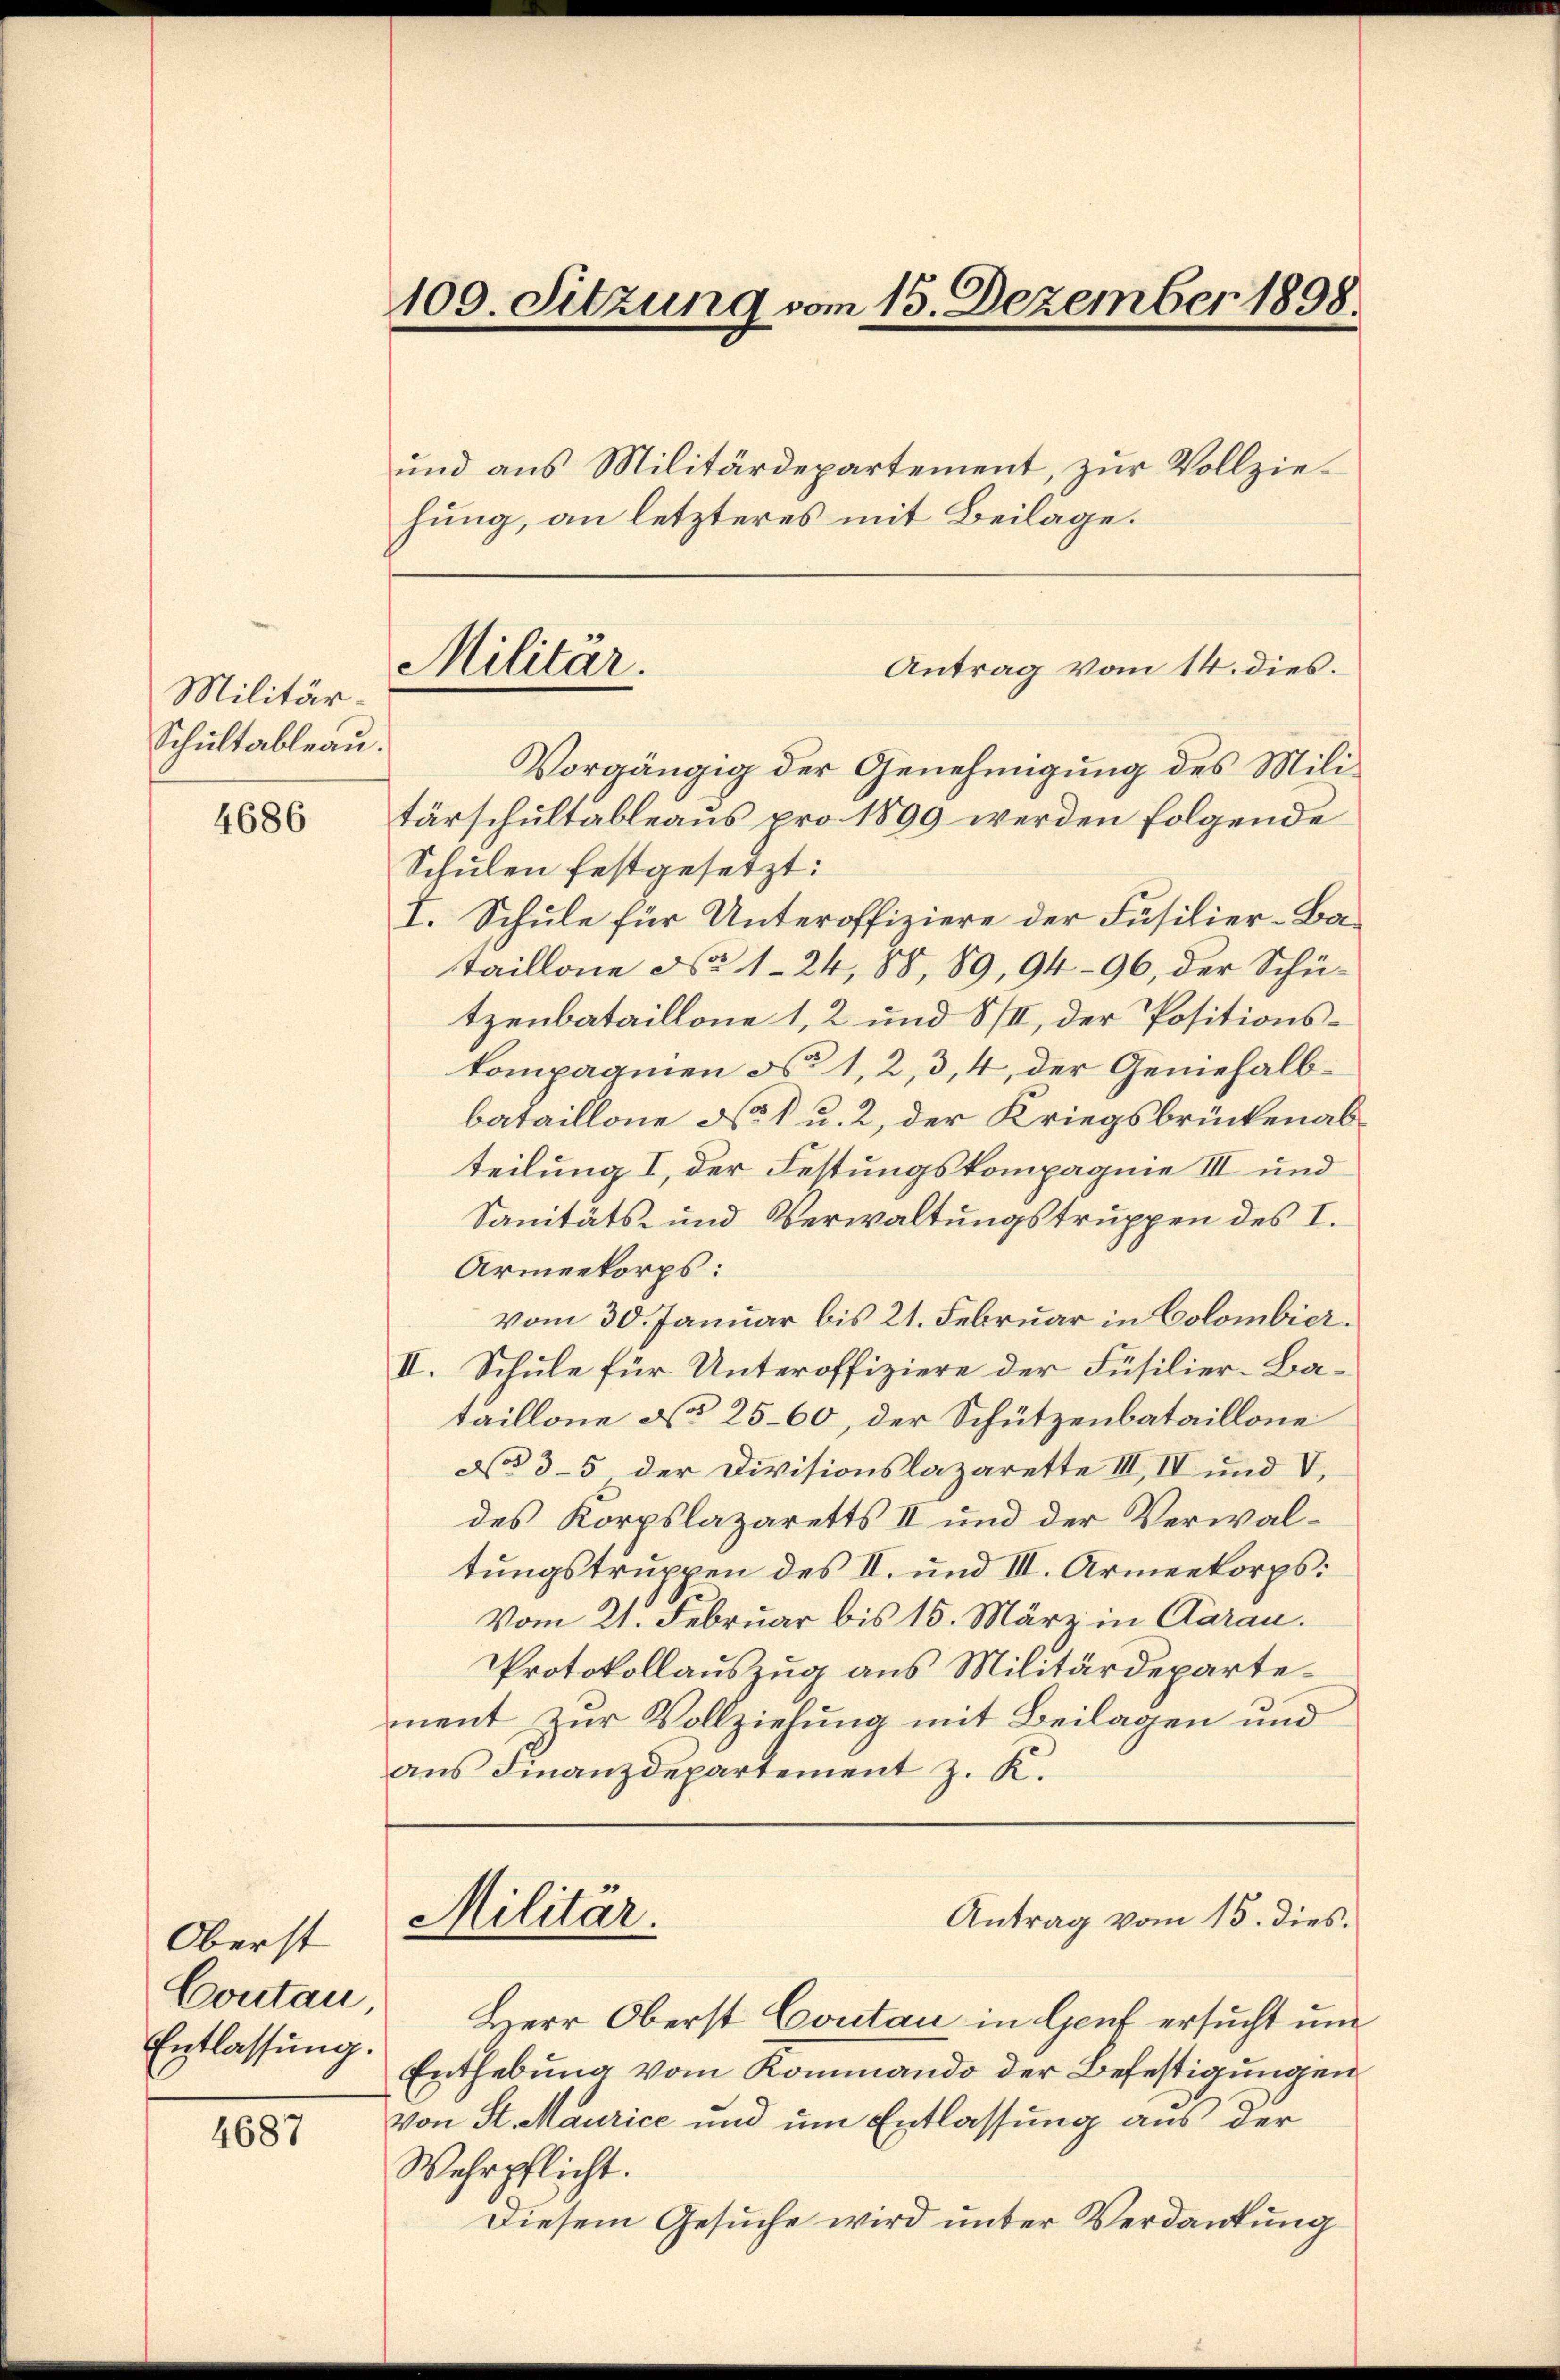
Militär¬
Schultableau.

4686

Oberst
Contan
Entlassung.

4687

109. Sitzung vom 15. Dezember 1898.

Militar.

ŭnd aus Militärdepartement, zŭr Vollziehung, an letzteres mit Beilage.
Antrag vom 14. dies.
Vorgängig der Genehmigung des Militärschultableaus pro 1899 werden folgende
Schulen festgesetzt:
I. Schule für Unteroffiziere der Füsilier-Bataillone No 124, 88, 89, 94—96, der Schützenbataillone 1, 2 und 8/II, der Positionskompagnien No 1, 2, 3, 4, der Geniehalbbataillone No 1 u. 2, der Kriegsbrückenabteilung I, der Festungskompagnie III und
Sanitäts- und Verwaltungstruppen des I.
Armeekorps:
vom 30. Januar bis 21. Februar in Colombier.
II. Schule für Unteroffiziere der Füsilier-Bataillone No 25-60, der Schützenbataillone
No 3-5 der Divisionslazarette III, IV und V
des Korpslazaretts II und der Verwaltungstruppen des II. und II. Armeekorps:
Vom 21. Februar bis 15. März in Caran.
Protokollauszug aus Militärdepartement zur Vollzielung mit Beilagen und
ans Finanzdepartement z. K.
Militar.
Antrag vom 15. dies
Herr Oberst Coutan in Genf ersucht und
Enthebung vom Kommando der Befestigungen
von St. Maurice und um Entlassung aus der
Wehrpflicht.
Diesem Gesuche wird unter Verdankung